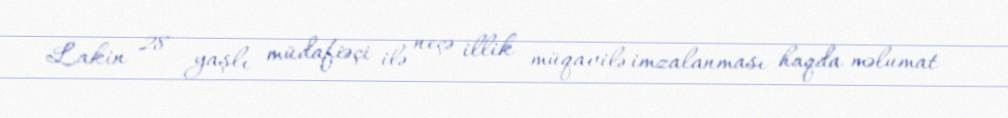
Lakin 28 yaşlı müdafiəçi ilə neçə illik müqavilə imzalanması haqda məlumat